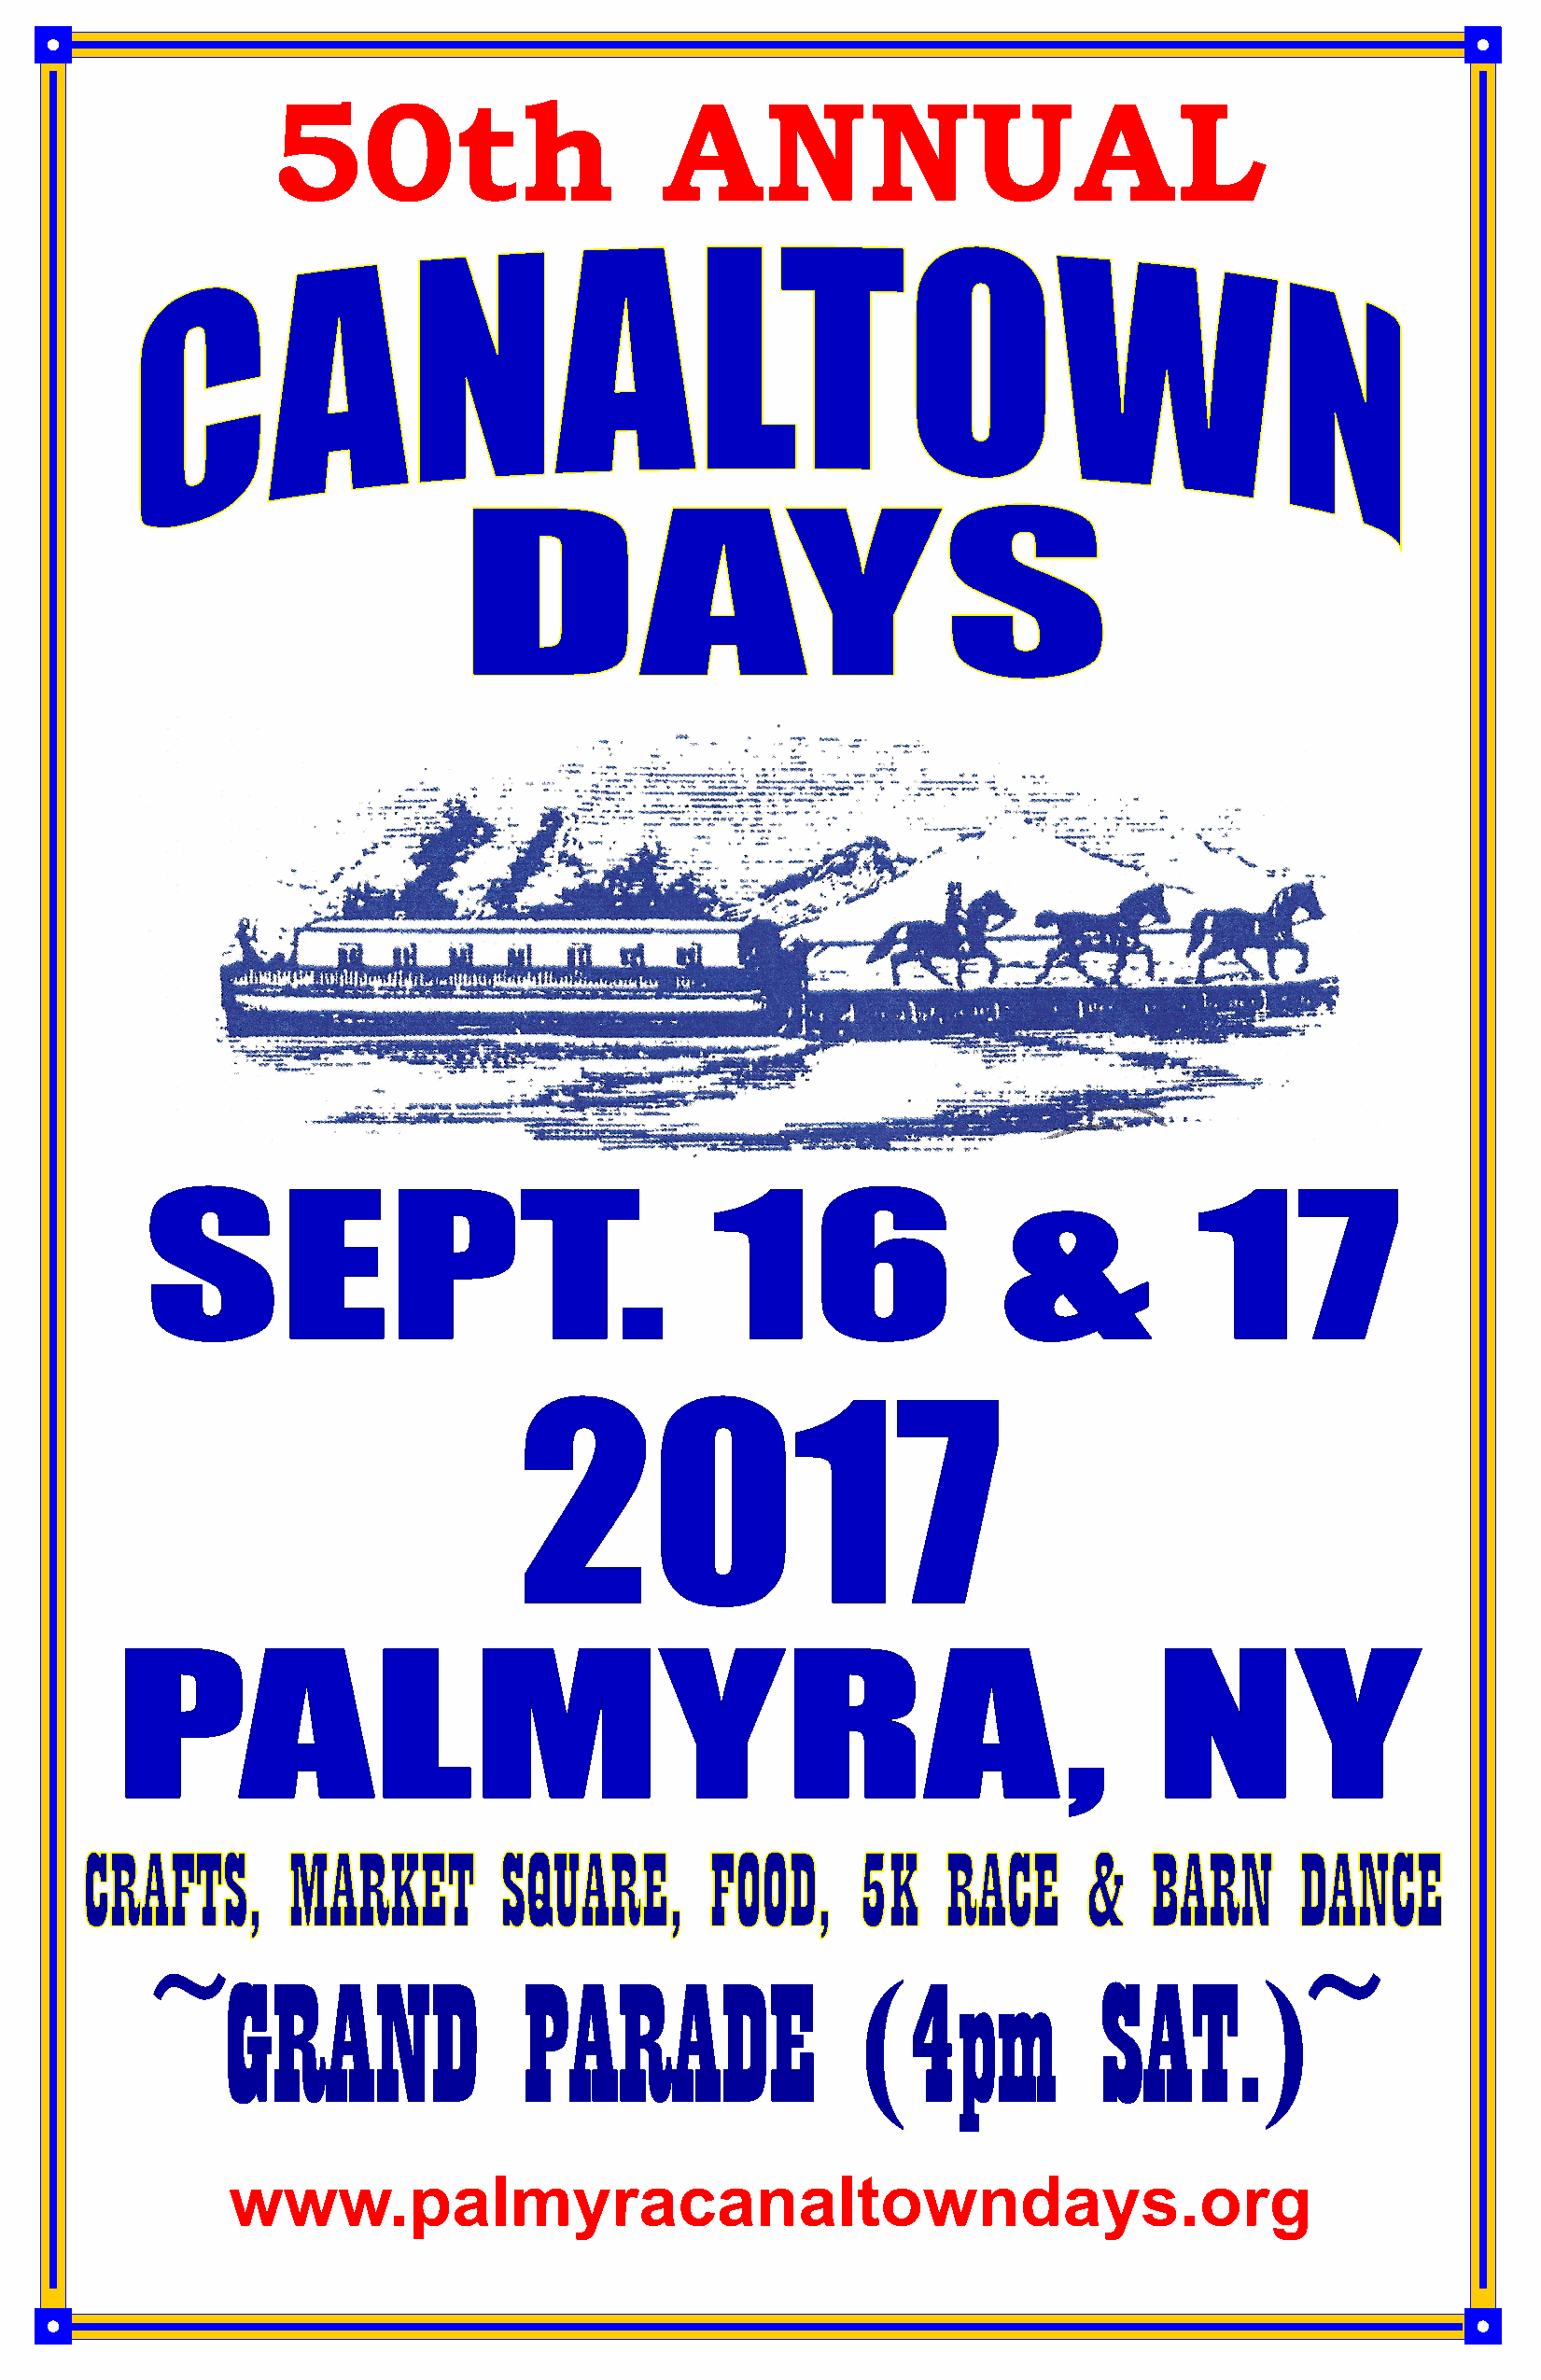
50th                        ANNUAL
 www.palmyracanaltowndays.org